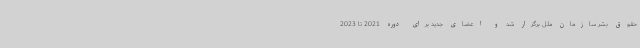
حقوق بشر سازمان ملل برگزار شد و اعضای جدید برای دوره 2021 تا 2023